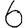
Digit: 6